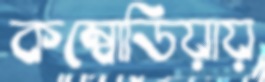
কম্বোডিয়ায়